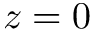
z = 0